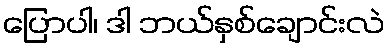
ပြောပါ၊ ဒါ ဘယ်နှစ်ချောင်းလဲ